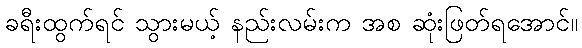
ခရီးထွက်ရင် သွားမယ့် နည်းလမ်းက အစ ဆုံးဖြတ်ရအောင်။